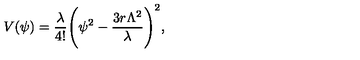
V ( \psi ) = { \frac { \lambda } { 4 ! } } \Biggl ( \psi ^ { 2 } - { \frac { 3 r \Lambda ^ { 2 } } { \lambda } } \Biggr ) ^ { 2 } ,